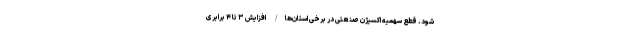
شود. قطع سهمیه اکسیژن صنعتی در برخی استان‌ها/ افزایش ۳ تا ۴ برابری